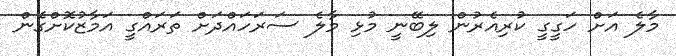
މާލެ އަށް ހަގީގީ ކުރިއެރުން ލިބޭނީ މުޅި މާލެ ސަރަހައްދަށް ތަރައްގީ އަމާޒުކޮށްގެން